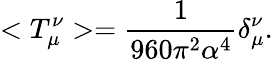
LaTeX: <T_{\mu}^{\nu}>=\frac{1}{960\pi^{2}\alpha^{4}}\delta_{\mu}^{\nu}.